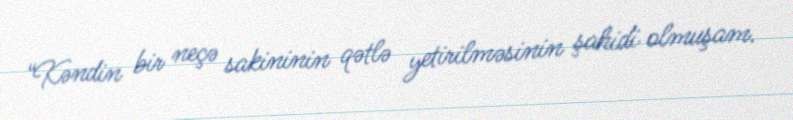
“Kəndin bir neçə sakininin qətlə yetirilməsinin şahidi olmuşam.